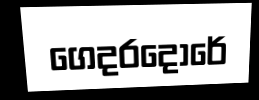
ගෙදරදොරේ